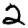
Digit: 2